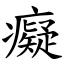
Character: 癡